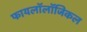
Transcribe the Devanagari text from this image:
फायलॉलॉजिकल